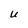
Character: U